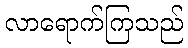
လာရောက်ကြသည်